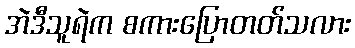
အဲဒီသူရဲက စကားပြောတတ်သလား